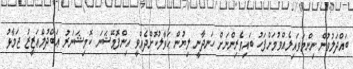
ބައްދަލުވުން ނިންމަވައިލެއްވުމަށްފަހު ބައިވެރިންނަށް ހަނދާނީ ލިޔުން ޙަވާލުކޮށްދެއްވީ އިންފޮމޭޝަނަ ކޮމިޝަނަރު ޢަބްދުލްޢަޒީޒު ޖަމާޅު